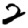
Digit: 2